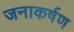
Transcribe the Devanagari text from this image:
जनाकर्षण